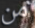
من